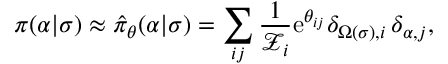
\pi ( \alpha \vert \sigma ) \approx \hat { \pi } _ { \boldsymbol { \theta } } ( \alpha \vert \sigma ) = \sum _ { i j } \frac { 1 } { \mathcal { Z } _ { i } } \mathrm { e } ^ { \theta _ { i j } } \delta _ { \Omega ( \sigma ) , i } \, \delta _ { \alpha , j } ,